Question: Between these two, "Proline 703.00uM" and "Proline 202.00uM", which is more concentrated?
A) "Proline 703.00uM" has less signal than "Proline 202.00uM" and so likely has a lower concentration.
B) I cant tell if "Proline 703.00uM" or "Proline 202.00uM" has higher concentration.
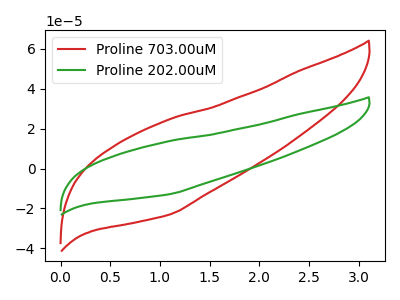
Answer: <think>The red curve "Proline 703.00uM" has no peaks. The green curve "Proline 202.00uM" has no peaks.
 Neither "Proline 703.00uM" or "Proline 202.00uM" have any peaks.</think>
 <answer>B) I cant tell if "Proline 703.00uM" or "Proline 202.00uM" has higher concentration.</answer>
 <eval>B</eval>